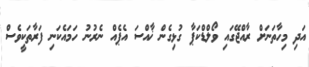
އަދި މިހާތަނަށް ރާއްޖޭގައި ވޯލްޑްކަޕާ ގުޅިގެން ޚާއްސަ އެޕެއް ނެރުނު ހަމައެކަނި ފަރާތަކީވެސް